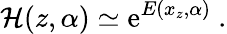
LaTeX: {\cal H}(z,\alpha)\simeq\mathrm{e}^{E(x_{z},\alpha)}\ .